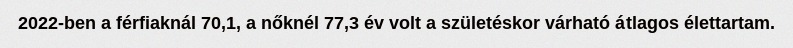
2022-ben a férfiaknál 70,1, a nőknél 77,3 év volt a születéskor várható átlagos élettartam.